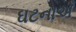
ઘટનાએઁ